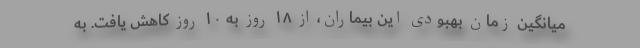
میانگین زمان بهبودی این بیماران، از ۱۸ روز به ۱۰ روز کاهش یافت. به